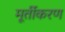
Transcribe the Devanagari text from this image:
मूर्तीकरण